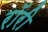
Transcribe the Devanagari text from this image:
रॉरी